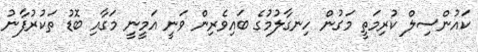
ކައުންސިލް ކުރިމަތީ މަގުން ހިނގާލުމުގެ ބައިވެރިން ވަނީ އަމީނީ މަގާއި ބޮޑު ތަކުރުފާނު